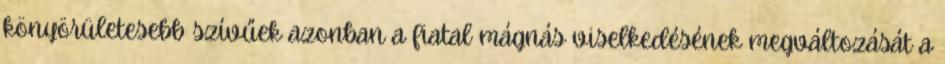
könyörületesebb szívűek azonban a fiatal mágnás viselkedésének megváltozását a